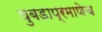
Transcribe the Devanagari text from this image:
घुबडाप्रमाणेच